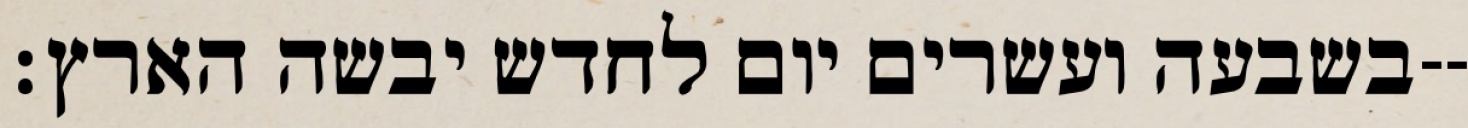
בשבעה ועשרים יום לחדש יבשה הארץ׃--